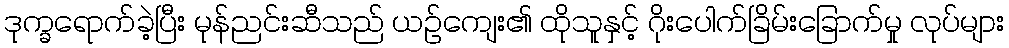
ဒုက္ခရောက်ခဲ့ပြီး မုန်ညင်းဆီသည် ယဉ်ကျေး၏ ထိုသူနှင့် ဂိုးပေါက်ခြိမ်းခြောက်မှု လုပ်များ